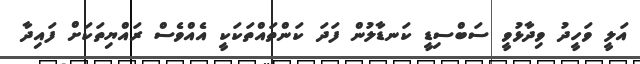
އަލީ ވަހީދު ވިދާޅުވީ ސަބްސިޑީ ކަނޑާލުން ފަދަ ކަންތައްތަކަކީ އެއްވެސް ރައްޔިތަކަށް ފައިދާ